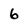
Character: 6